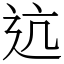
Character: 迒